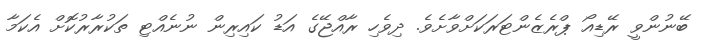
ބޭނުންވީ ރޭޑިއޯ ޕްރެޒެންޓަރަކަށްވާށެވެ. ދިވެހި ރާއްޖޭގެ އަޑު ކައިރިން ނުނެއްޓި ތަކުރާރުކޮށް އެކަމާ